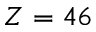
Z = 4 6